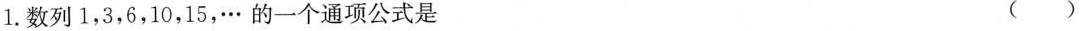
1.数列1，3，6，10，15，…的一个通项公式是 ()